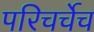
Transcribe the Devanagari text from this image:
परिचर्चेच